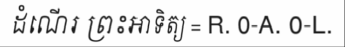
ដំណើរ ព្រះអាទិត្យ = R. 0-A. 0-L.